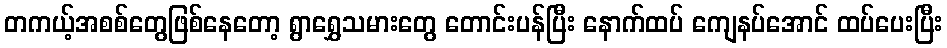
တကယ့်အစစ်တွေဖြစ်နေတော့ ရွာရွှေသမားတွေ တောင်းပန်ပြီး နောက်ထပ် ကျေနပ်အောင် ထပ်ပေးပြီး